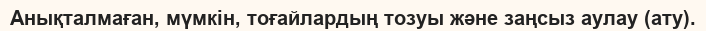
Анықталмаған, мүмкін, тоғайлардың тозуы және заңсыз аулау (ату).